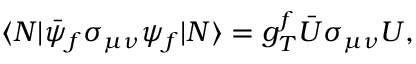
\langle N | \bar { \psi } _ { f } \sigma _ { \mu \nu } \psi _ { f } | N \rangle = g _ { T } ^ { f } \bar { U } \sigma _ { \mu \nu } U ,